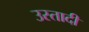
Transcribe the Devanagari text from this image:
उस्तादी